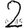
Digit: 2